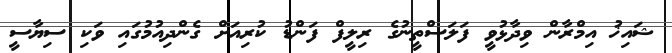
ޝައިޚު އިމްރާން ވިދާޅުވީ ފަލަސްތީނުގެ ރިލީފް ފަންޑު ކުރިއަށް ގެންދިއުމުގައި ވަކި ސިޔާސީ